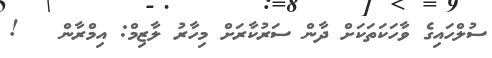
ސުލްހައިގެ ވާހަކަތަކަށް ދާން ސަރުކާރަށް މިހާރު ލާޒިމް: އިމްރާން   !